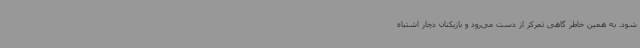
شود. به همین خاطر گاهی تمرکز از دست می‌رود و بازیکنان دچار اشتباه